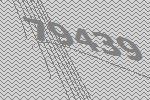
79439